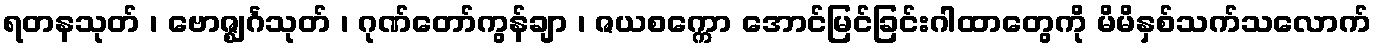
ရတနသုတ် ၊ ဗောဇ္ဈင်္ဂသုတ် ၊ ဂုဏ်တော်ကွန်ချာ ၊ ဇယစက္ကော အောင်မြင်ခြင်းဂါထာတွေကို မိမိနှစ်သက်သလောက်